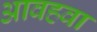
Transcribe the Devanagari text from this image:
आवहवा